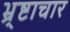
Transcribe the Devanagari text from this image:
भ्र्ष्टाचार